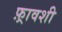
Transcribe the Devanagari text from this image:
फ़्रावशी